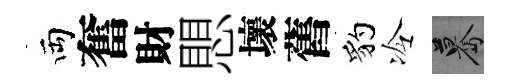
両奮財愳壞舊豹冷驀